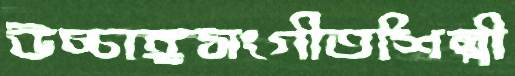
উচ্চাঙ্গসংগীতশিল্পী